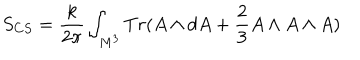
S _ { C S } = \frac { k } { 2 \pi } \int _ { M ^ { 3 } } T r ( A \wedge d A + \frac { 2 } { 3 } A \wedge A \wedge A )